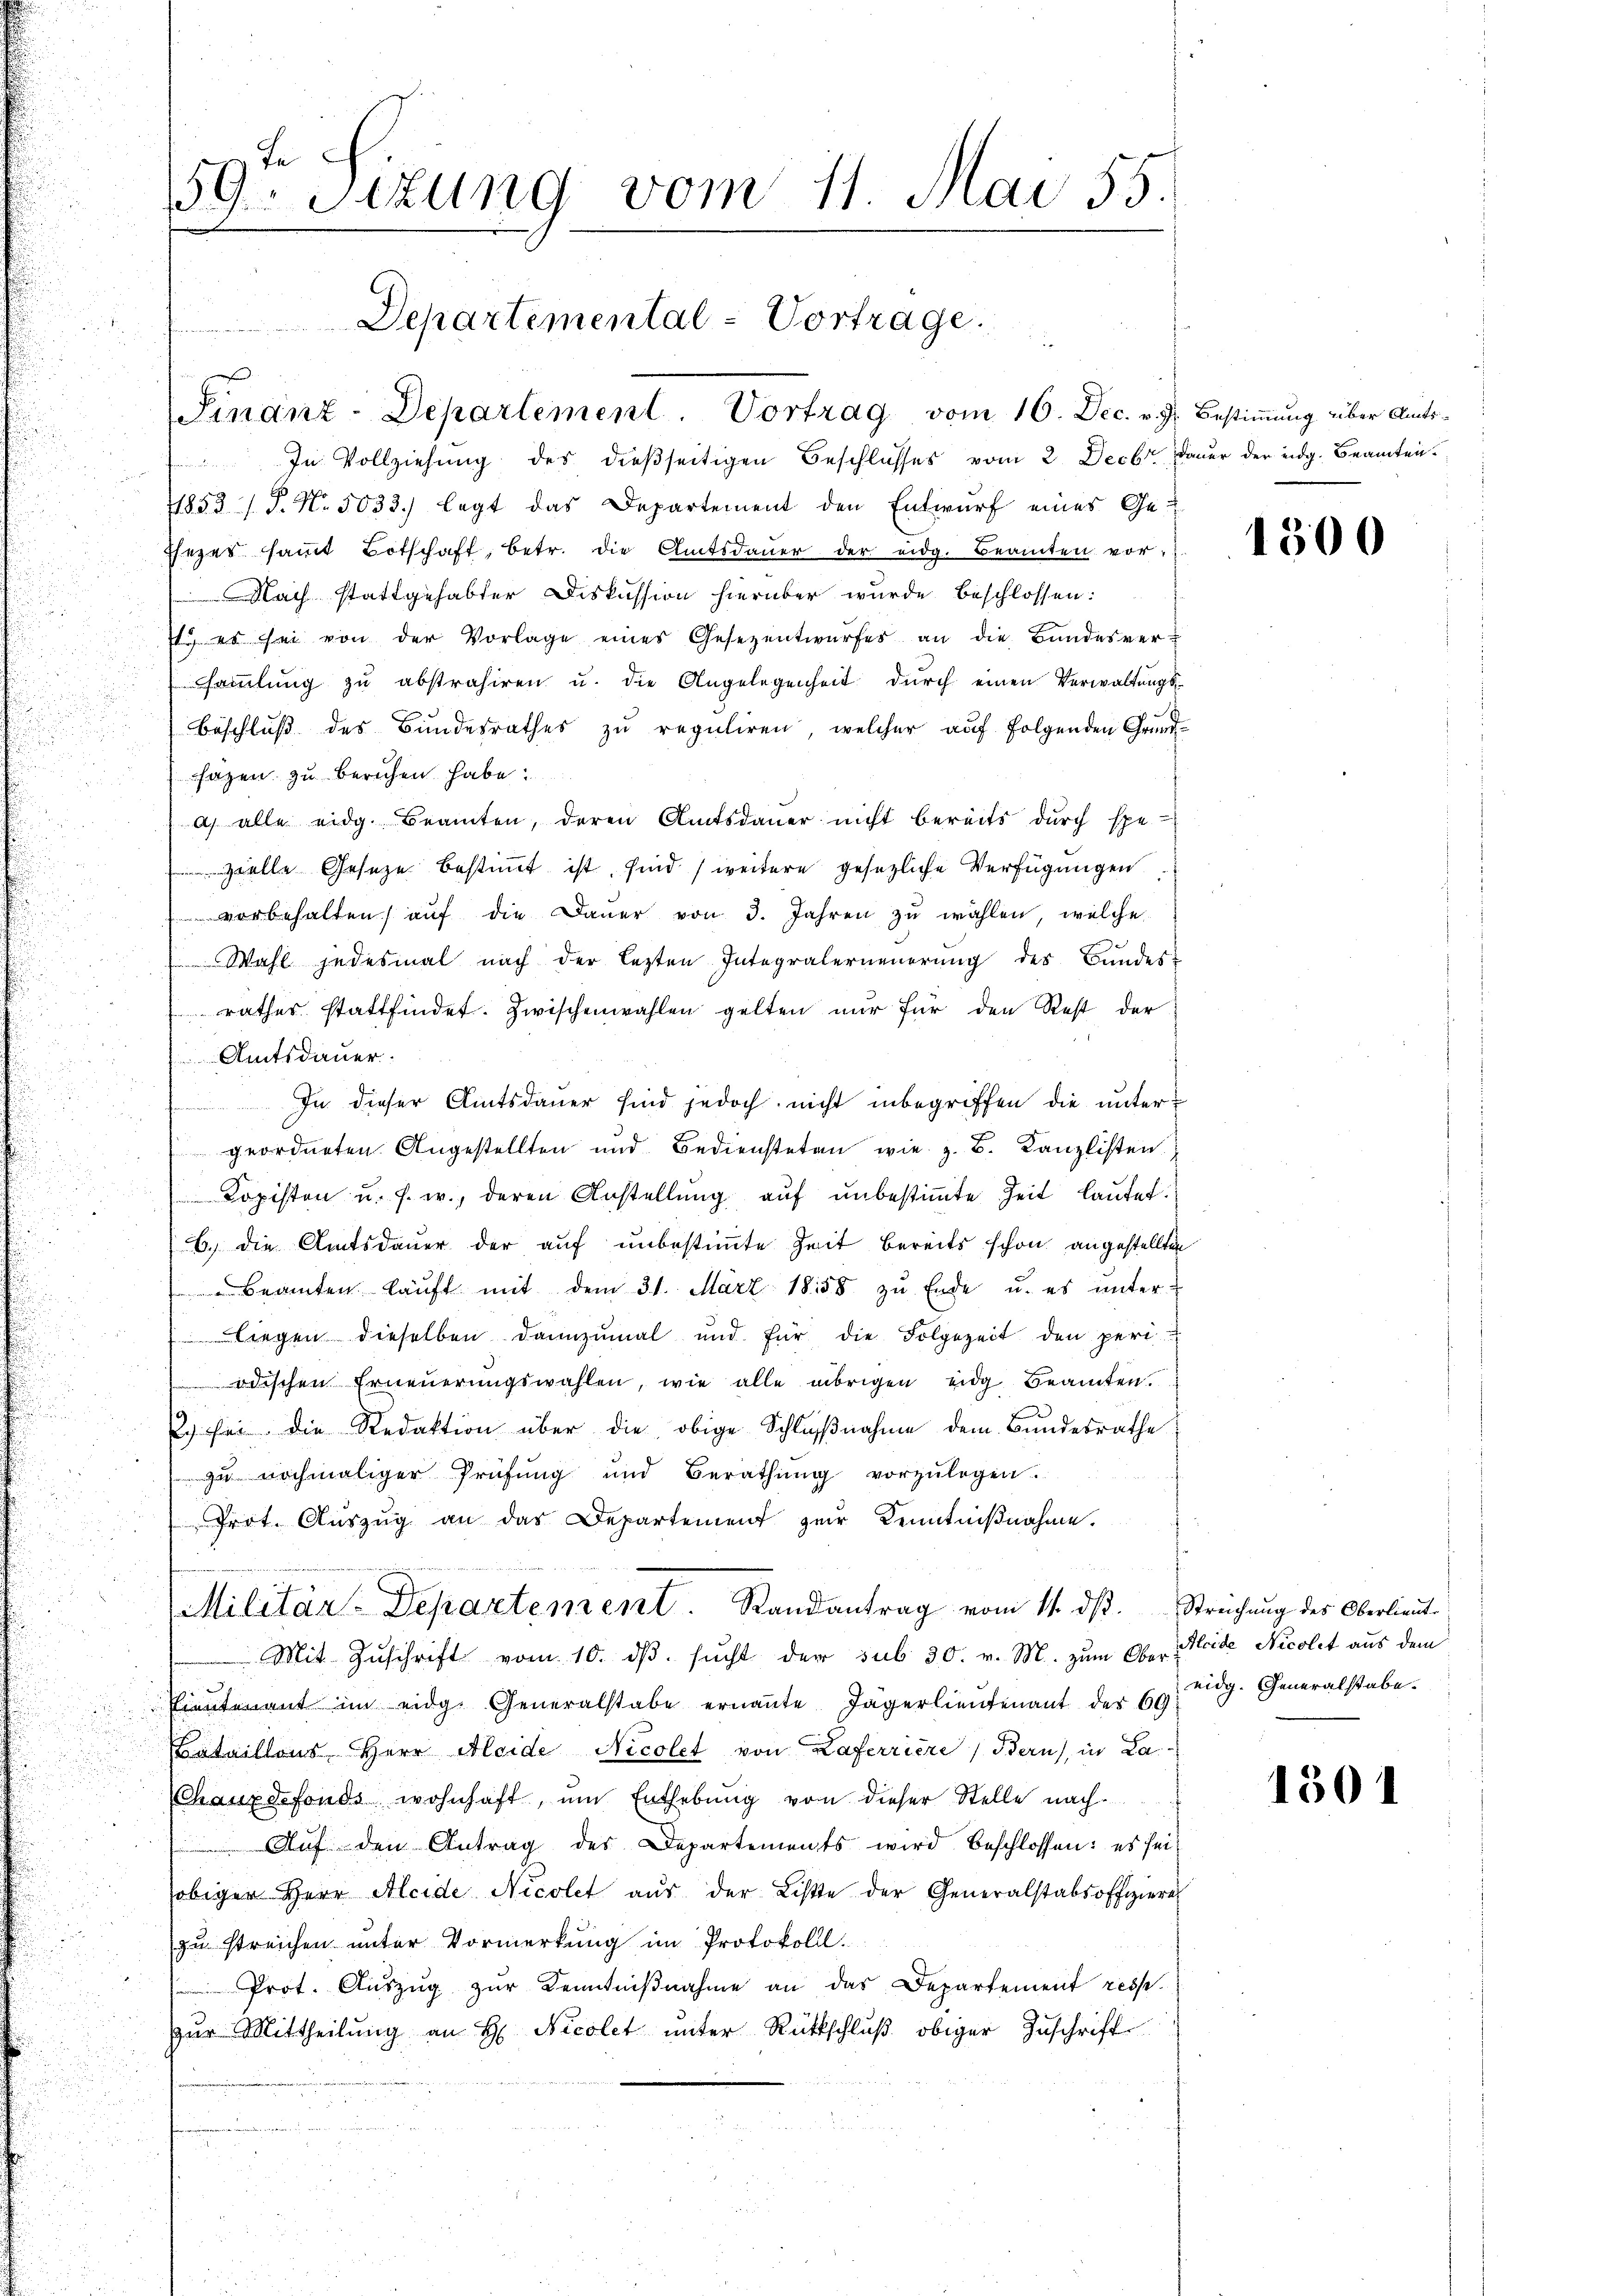
59ten Sitzung vom 11. Mai 55.
Departemental-Vortrage.
Finanz-Departement. Vortrag vom 16. Dec. v. J. Bestimmung über Amts¬

In Vollziehung des dießseitigen Beschlusses vom 2. Decbr. Dauer der eidg. Beamten¬
1853 / P. Nr. 5033.) legt das Departement den Entwurf eines Ge¬
Esezes saṁt Botschaft, betr. die Amtsdaŭer der eidg. Beamten vor-
Nach stattgehabter Diskussion hierüber wurde beschlossen:
st es sei von der Vorlage eines Gesezentwŭrfes an die Bandesver-
sammlung zŭ abstrahiren u. die Angelegenheit durch einen Verwaltungs-
Beschluß des Bundesrathes zu reguliren, welcher auf folgenden Grundsazen zu beruhen habe.
ah alle eidg. Beamten, deren Amtsdaŭer nicht bereits durch spe-
Zelle Geseze bestimmt ist, sind (weitere gesezliche Verfügungen
vorbehalten auf die Dauer von 3. Jahren zu wählen, welche
Wahl jedesmal nach der lezten Integralerneuerung des Bundes-
rathes stattfindet. Zwischenwahlen gelten nur für den Rest der
Amtsdauer.
In dieser Amtsdauer sind jedoch nicht inbegriffen die untergeordneten Angestellten und Bediensteten wie z. B. Kanzlisten
Kopisten u. s. w., deren Anstellung auf unbestimmte Zeit lautet.
b. die Amtsdauer der auf unbestimmte Zeit bereits schon angestellten
Beamten kauft mit dem 31. März 1858 zu Ende u. es unter
liegen dieselben dannzumal und für die Folgezeit den peri
odischen Erneŭerŭngswahlen, wie alle übrigen eidg. Beamten.
2.) für die Redaktion über die obige Schlŭβnahme dem Bundesrathe
zu nochmaliger Prüfung und Berathŭng vorzŭlegen.
Prot. Aŭszŭg an das Departement zur Kenntniβnahme.
Militär-Departement. Randantrag vom 11. dβ. Strechŭng des Oberlieŭt.
Mit Zuschrift vom 10. dβ. sucht der sub 30. v. M. zum Obervientenant im eidg. Generalstabe ernaṅte Jägerlieutenant der 69
Bataillons Herr Aleide Nicolet von Haferriere Bern, in La¬
Chauxdefonds wohnhaft, um Enthebŭng von dieser Stelle nach
Auf den Antrag des Departements wird beschlossen: es sei
obiger Herr Aleide Nicolet aus der Liste der Generalstabsoffiziere
zu streichen unter Vormerkung im Protokoll.
Prot. Aŭszŭg zŭr Kenntniβnahme an das Departement resp.
zŭr Mittheilŭng an H. Nicolet ŭnter Rückschlŭβ obiger Zŭschrift

1300

Aleide Nicolet aus dem
eidg. Generalstabe.

1501